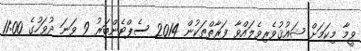
ވީމާ މިކަމަށް ޝައުޤުވެރިވެލައްވާ ފަރާތްތަކުން 2014 ސެޕްޓެންބަރު 9 ވަނަ ދުވަހުގެ 11:00